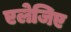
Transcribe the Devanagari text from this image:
एलेजिए